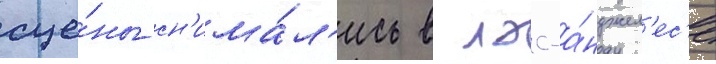
сце́ны сн'има́л'ись в лос-а́нджел'ес'е